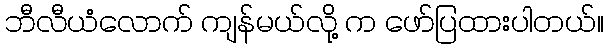
ဘီလီယံလောက် ကျန်မယ်လို့ က ဖော်ပြထားပါတယ်။